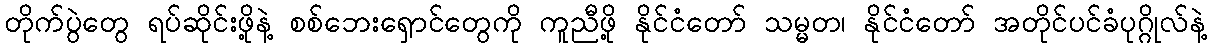
တိုက်ပွဲတွေ ရပ်ဆိုင်းဖို့နဲ့ စစ်ဘေးရှောင်တွေကို ကူညီဖို့ နိုင်ငံတော် သမ္မတ၊ နိုင်ငံတော် အတိုင်ပင်ခံပုဂ္ဂိုလ်နဲ့